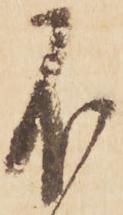
不